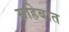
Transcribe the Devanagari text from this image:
साहेबात